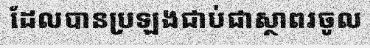
ដែលបានប្រឡងជាប់ជាស្ថាពរចូល